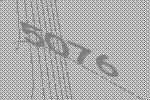
5076